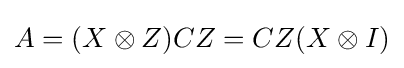
A=(X\otimes Z)CZ=CZ(X\otimes I)